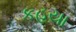
કહયા